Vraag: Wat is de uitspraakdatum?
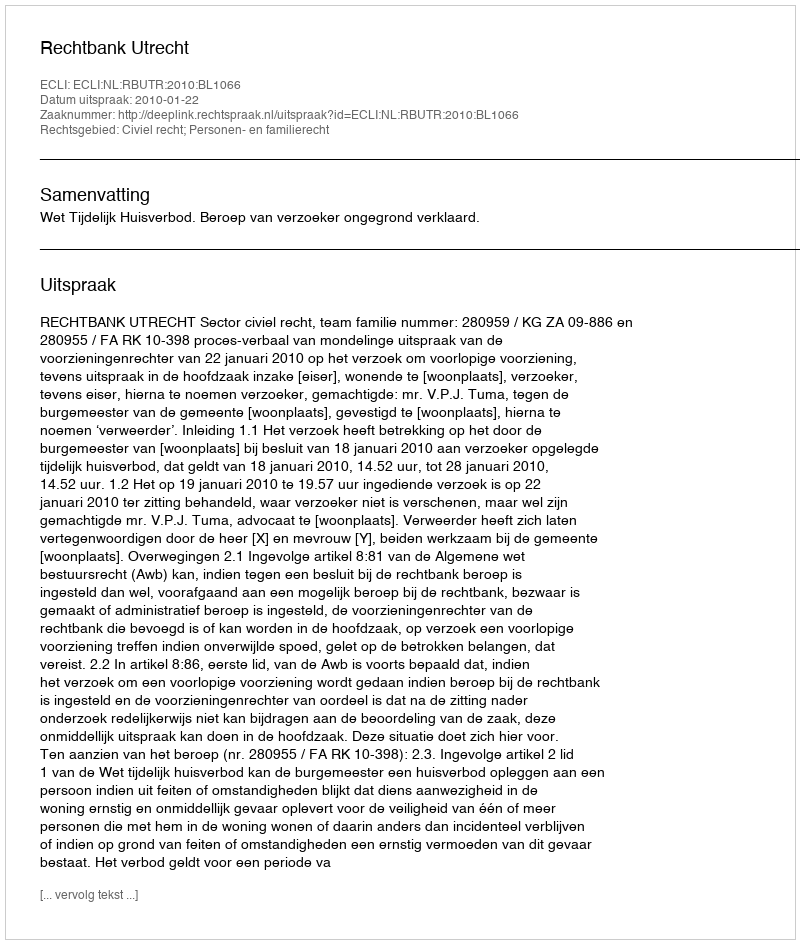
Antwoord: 2010-01-22